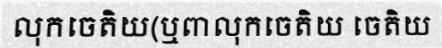
លុកចេតិយ(ឬពាលុកចេតិយ ចេតិយ